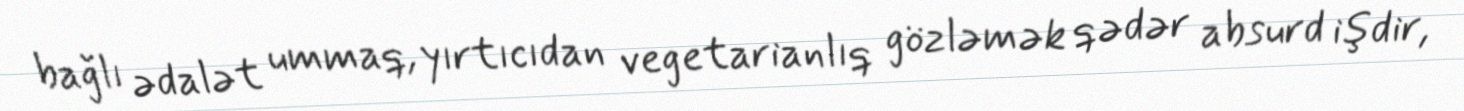
bağlı ədalət ummaq, yırtıcıdan vegetarianlıq gözləmək qədər absurd işdir,